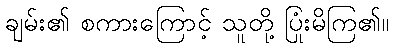
ချမ်း၏ စကားကြောင့် သူတို့ ပြုံးမိကြ၏။